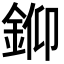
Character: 𨦪